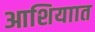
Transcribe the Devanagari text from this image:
आशियाात